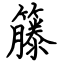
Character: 籐